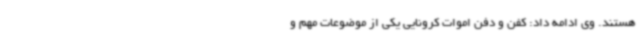
هستند. وی ادامه داد: کفن و دفن اموات کرونایی یکی از موضوعات مهم و